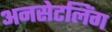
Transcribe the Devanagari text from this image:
अनसेटलिंग